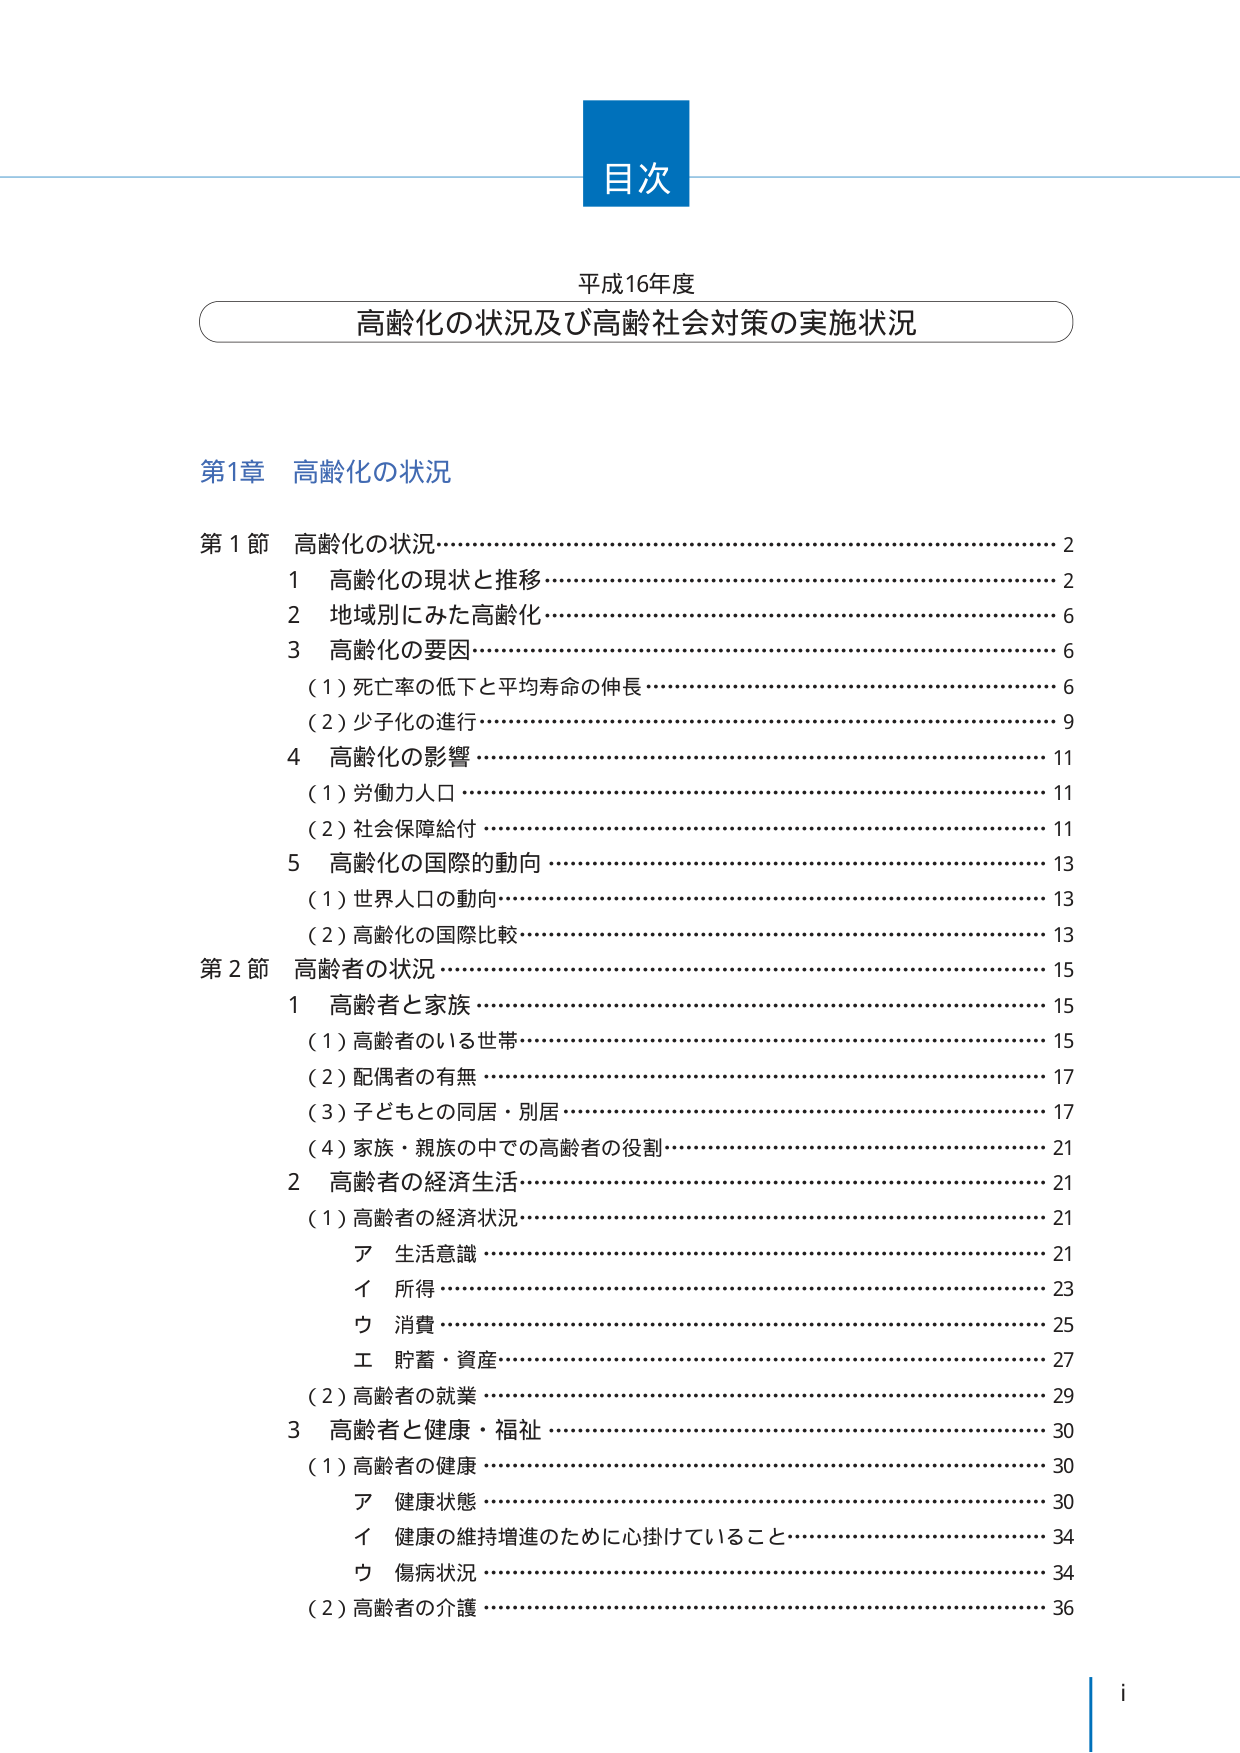
目次

平成16年度
高齢化の状況及び高齢社会対策の実施状況

第1章 高齢化の状況

第1節 高齢化の状況……………………………………………………………2
　1　高齢化の現状と推移………………………………………………………2
　2　地域別にみた高齢化………………………………………………………6
　3　高齢化の要因……………………………………………………………6
　　（1）死亡率の低下と平均寿命の伸長……………………………………6
　　（2）少子化の進行…………………………………………………………9
　4　高齢化の影響……………………………………………………………11
　　（1）労働力人口……………………………………………………………11
　　（2）社会保障給付…………………………………………………………11
　5　高齢化の国際的動向……………………………………………………13
　　（1）世界人口の動向………………………………………………………13
　　（2）高齢化の国際比較……………………………………………………13

第2節 高齢者の状況……………………………………………………………15
　1　高齢者と家族……………………………………………………………15
　　（1）高齢者のいる世帯……………………………………………………15
　　（2）配偶者の有無…………………………………………………………17
　　（3）子どもとの同居・別居………………………………………………17
　　（4）家族・親族の中での高齢者の役割…………………………………21
　2　高齢者の経済生活………………………………………………………21
　　（1）高齢者の経済状況……………………………………………………21
　　　ア　生活意識……………………………………………………………21
　　　イ　所得………………………………………………………………23
　　　ウ　消費………………………………………………………………25
　　　エ　貯蓄・資産…………………………………………………………27
　　（2）高齢者の就業…………………………………………………………29
　3　高齢者と健康・福祉……………………………………………………30
　　（1）高齢者の健康…………………………………………………………30
　　　ア　健康状態……………………………………………………………30
　　　イ　健康の維持増進のために心掛けていること……………………34
　　　ウ　傷病状況……………………………………………………………34
　　（2）高齢者の介護…………………………………………………………36

i